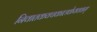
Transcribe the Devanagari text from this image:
निवातकवचकालकेयवधम्